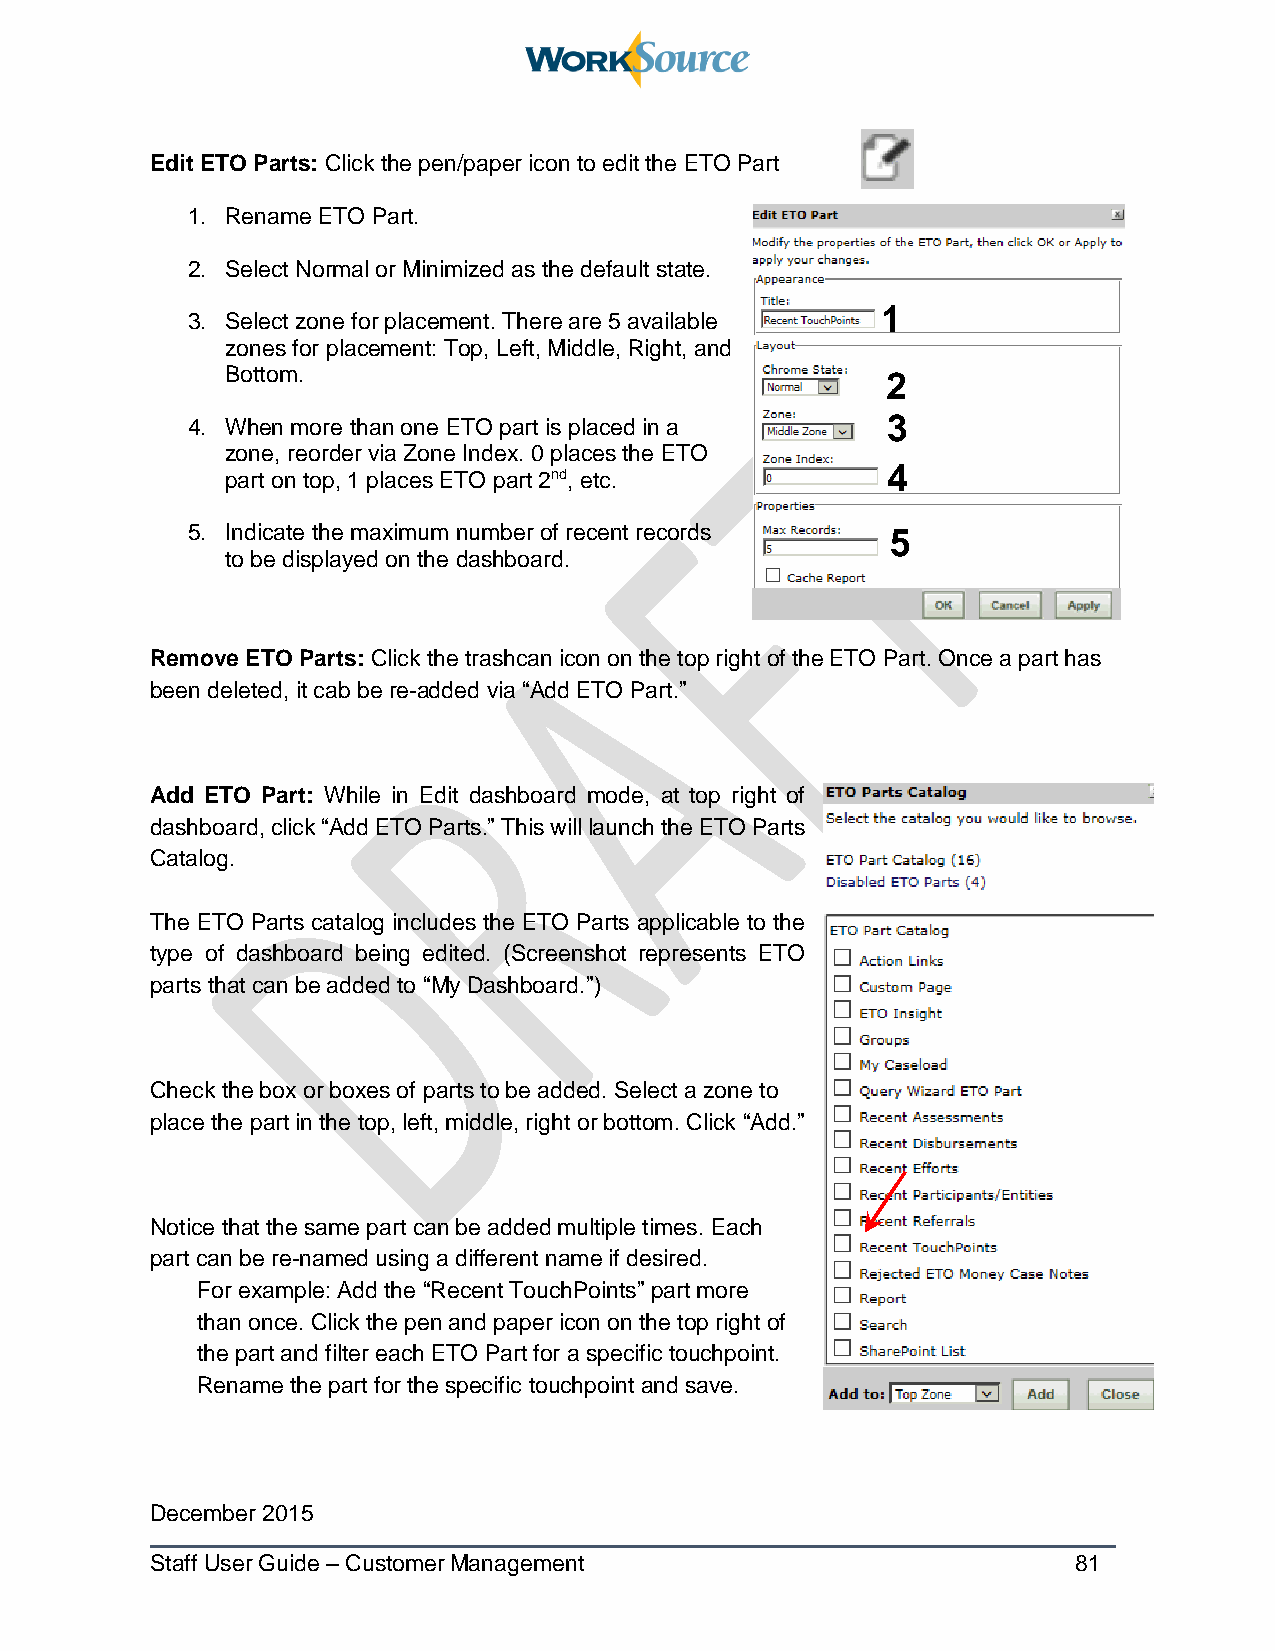
Edit ETO Parts: Click the pen/paper icon to edit the ETO Part
 1. Rename ETO Part.
 2. Select Normal or Minimized as the default state.
 1
 3. Select zone for placement. There are 5 available
 zones for placement: Top, Left, Middle, Right, and
 Bottom.                                     2
 4. When more than one ETO part is placed in a  3
 zone, reorder via Zone Index. 0 places the ETO
 4
 part on top, 1 places ETO part 2nd, etc.
 5. Indicate the maximum number of recent records 5
 to be displayed on the dashboard.
 Remove ETO Parts: Click the trashcan icon on the top right of the ETO Part. Once a part has
 been deleted, it cab be re-added via “Add ETO Part.”
 Add ETO Part: While in Edit dashboard mode, at top right of
 dashboard, click “Add ETO Parts.” This will launch the ETO Parts
 Catalog.
 The ETO Parts catalog includes the ETO Parts applicable to the
 type of dashboard being edited. (Screenshot represents ETO
 parts that can be added to “My Dashboard.”)
 Check the box or boxes of parts to be added. Select a zone to
 place the part in the top, left, middle, right or bottom. Click “Add.”
 Notice that the same part can be added multiple times. Each
 part can be re-named using a different name if desired.
 For example: Add the “Recent TouchPoints” part more
 than once. Click the pen and paper icon on the top right of
 the part and filter each ETO Part for a specific touchpoint.
 Rename the part for the specific touchpoint and save.
 December 2015
 Staff User Guide – Customer Management                       81